Document type: Emphyteutic lease
Year: 1333
Scribe: Berenguer Simó
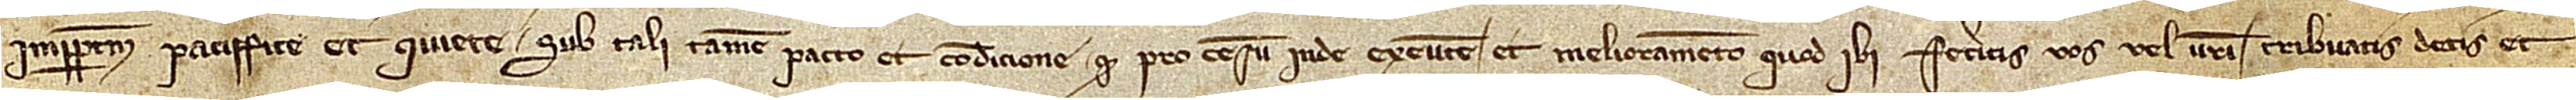
imperpetuum paciffice et quiete, sub tali tamen pacto et conditione quod pro censu inde exeunte et melioramento quod ibi feceritis vos vel vestri tribuatis, detis et